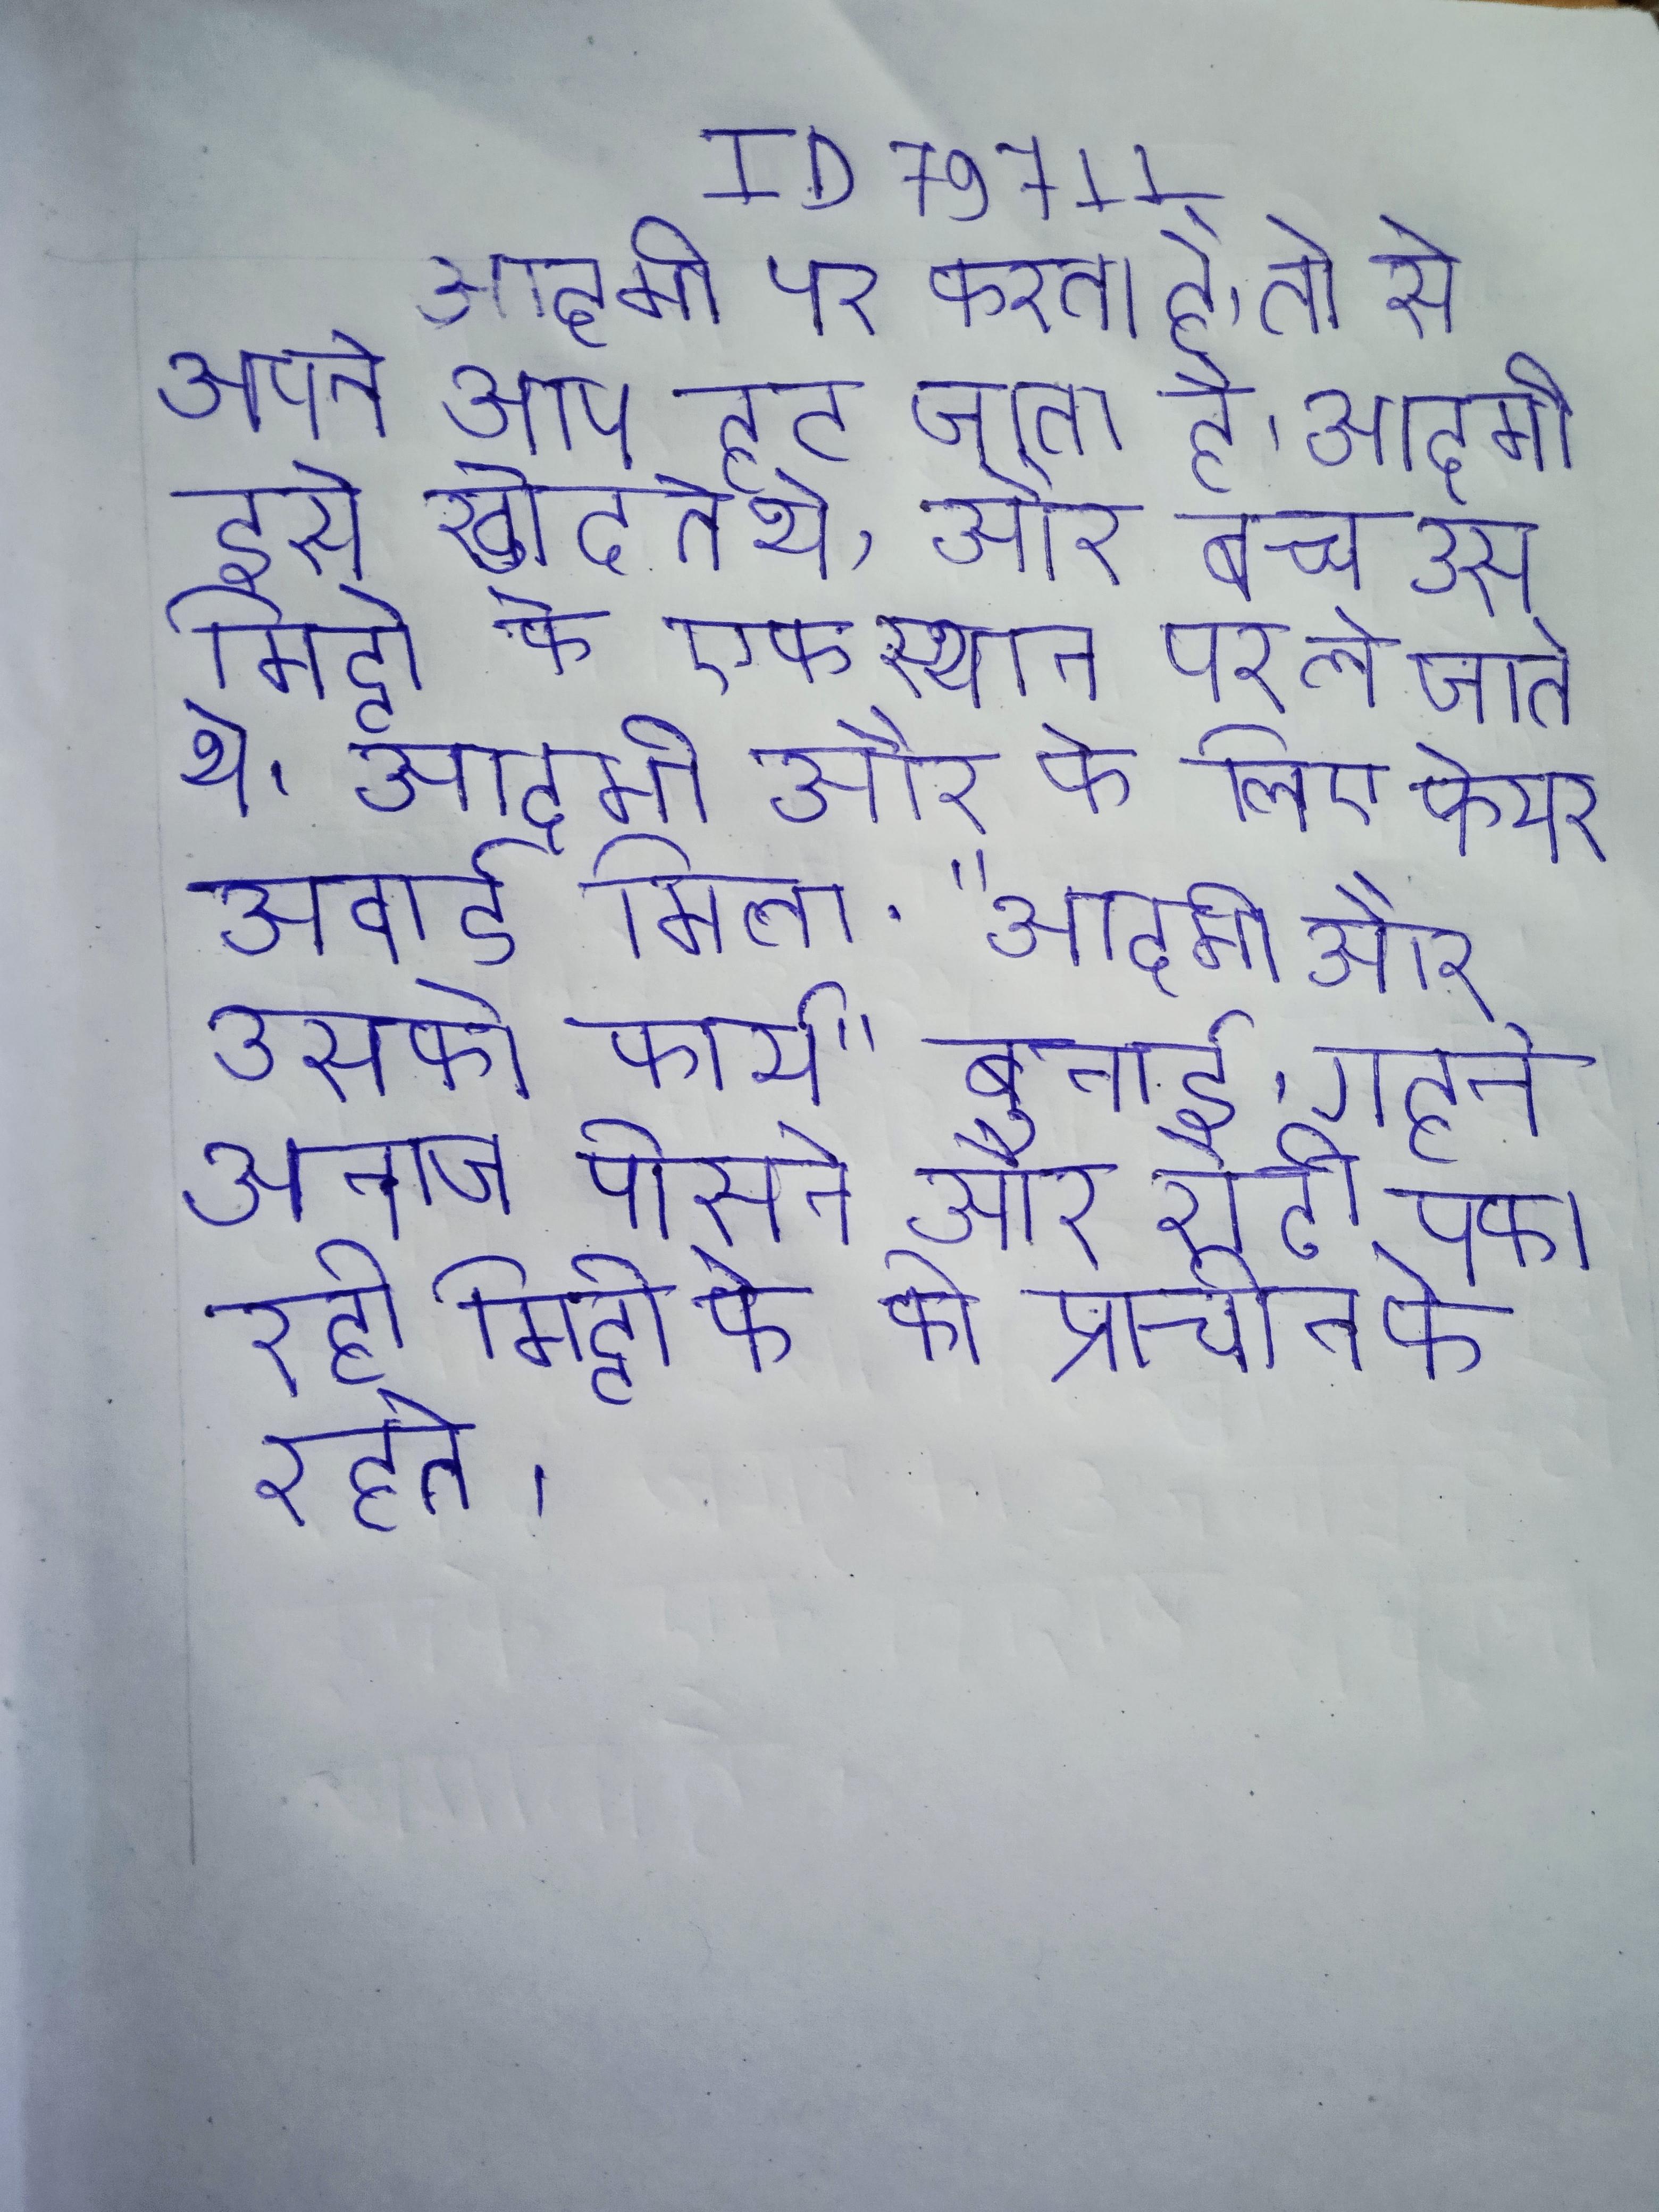
आदमी पर करता है, तो से अपने आप हट जाता है । आदमी इसे खोदते थे, और बच्चे उस मिट्टी को एक स्थान पर ले जाते थे । आदमी और के लिए फेयर अवार्ड मिला . "आदमी और उसकी कार्य" बुनाई, गहने और कर रही है, अनाज पीसने और रोटी पका रही मिट्टी के की प्राचीन के रहते ।